Tezpur Lunatic Asylum reports 1877-1894 - 1877-1894
Year: 1877
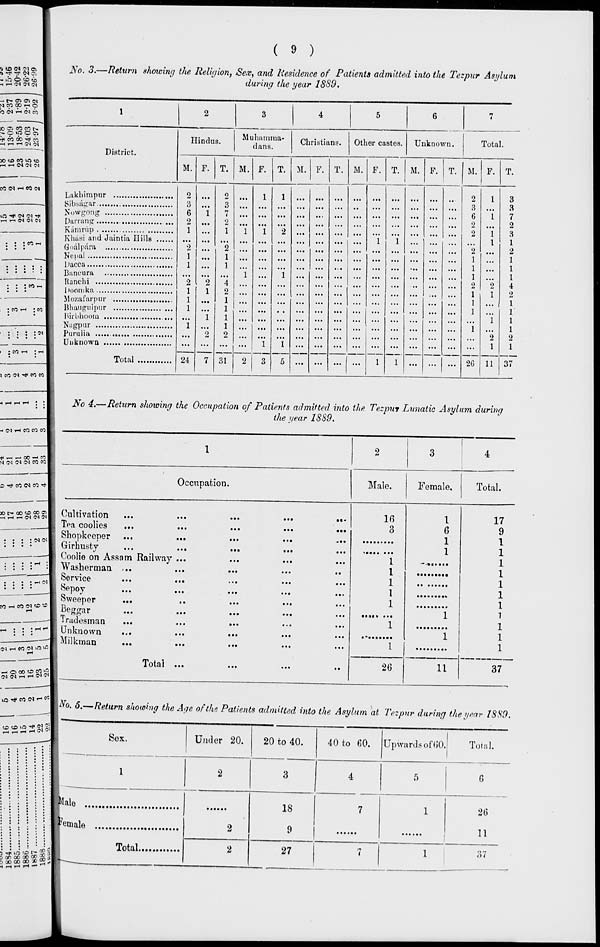
( 9 )
■ y T s* v
- id © SO «Js
H H CM CM CM
JVo. 3.—Return showing the Religion, Sex, and Residence of Patients admitted into the Tezpur Asylum
during the year 18S9.
- t— Oi Cl CM
C CM 1-1 CM CO
>oipooi
'■ n eti oo -* cc
—i r-1 rH CM iM
i-t i-i CM CM C^
CO CM t-l CO C<
iCi ■»*< CM CM -*
eO r-H
:
:«J-H
CO r-< • CO
IS*
i : co i-i ;»-*
x eo CM ■* eo co
1
2
3
4
5
6
7
District.
Hindus.
Muhainnia-
dans.
Christians.
Other castes.
Unknown.
Total.
M. F. T. M. F. T. M. F. T. M. F. T. M. P. T. M. F. T.
2
3
6
2
1
*2
1
1
2
1
1
1
"i
"i
2
1
"1
"2
0
3
7
2
1
"2
1
1
*4
2
1
1
1
1
2
"i
"i
1
1
2
"i
"i
...
...
1
1
1
1
...
2
3
6
2
2
"2
1
1
1
2
1
1
1
"i
26
1
"i
"i
1
2
1
"i
"2
1
11
3
••
••
...
8
1
"l
7
Khasi and Jaintia Hills
2
3
1
2
1
1
J ,'•[ 11 1 ' 1 1 1 <L
*•....... ........ .......
1
4
... | ...
0
1
Hirbhoom
... ...
1
1
1
1 iiruli.i .«.«.■«.»«.« «•.....•......
Unknown
2
1
Total
24
7 31
2
3
5
...
...
37
CM »H eo eo eo I
^ H _ co —« eo1
M CM CM CM eo eo|
o -* eo CM eo ■*
30 C— CO 0 CO 0) 1
3 Ul 3 CM CM CM 1
• ; ; ; CM Csl
iVb 4.—Return showing the Occupation of Patients admitted into the Tezpur Lunatic Asylum during
the year 1889.
1
2
3
4
Occupation.
Male.
Female.
Total.
! HN ||p
Cultivation
TP.I coolies
Shopkeeper
Girhusty
Coolie on Assam Railway
I Washerman ,..
Service
X) T-H CO CM eO «6
CM ,_ eo CM o ifl I
^ O co o eo >o|
CM CM |H i-i CNCM|
Sweeper
Beggar
Tradesman
SI Unknown
Milkman
• ••
• ••
• ••
Total
If)
3
1
1
1
1
1
26
1
6
1
1
1
1
11
17
9
1
1
1
1
1
1
1
1
1
1
1
37
o ■^ COCM ^^l
Wo. 5.—Return showing the Age of the Patients admitted into the Asylum at Tezpur during the year 18S9.
SS32M
5 ■*# 10 '-D r- 5£ A
3 CO OO CO CO * oil
D CO CO CO * 2^1
* r-i H H — ^
Sex.
Under 20.
20 to 40.
40 to 60. Upwards of 60.
Total.
1
2
3
4
5
6
lale
2
18
9
7
1
1
26
11
? emale .
Total
2
27
7
1
a 7
.x